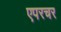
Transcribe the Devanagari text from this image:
एपरचर